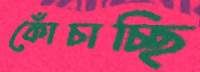
কোঁচাচ্ছি